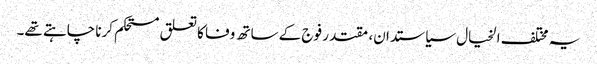
یہ مختلف الخیال سیاستدان، مقتدر فوج کے ساتھ وفا کا تعلق مستحکم کرنا چاہتے تھے۔